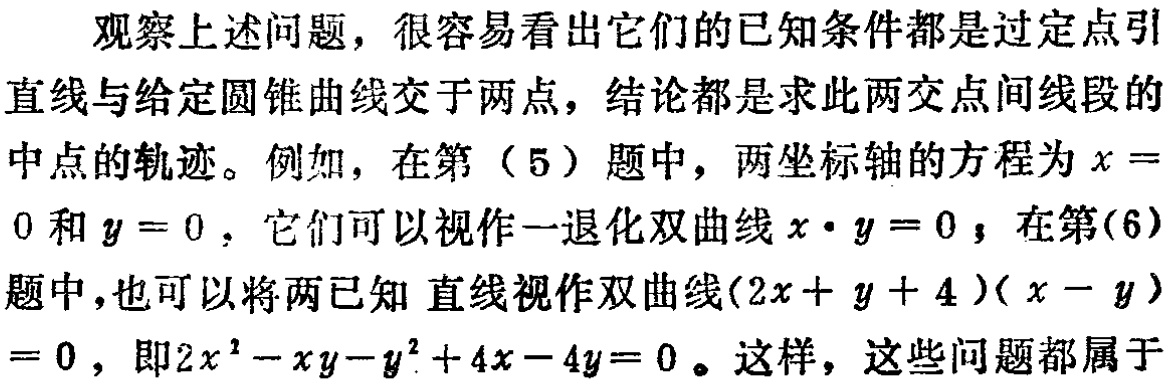
观察上述问题，很容易看出它们的已知条件都是过定点引
直线与给定圆锥曲线交于两点，结论都是求此两交点间线段的
中点的轨迹。例如，在第（5）题中，两坐标轴的方程为\(x =
0\)和\(y = 0\)，它们可以视作一退化双曲线\(x\cdot y = 0\)；在第(6)
题中，也可以将两已知 直线视作双曲线\((2x + y + 4)(x - y)\)
\(= 0\)，即\(2x^{2}-xy - y^{2}+4x - 4y = 0\)。这样，这些问题都属于